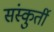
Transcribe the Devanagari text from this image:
संस्कुर्ती